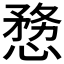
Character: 𭞤